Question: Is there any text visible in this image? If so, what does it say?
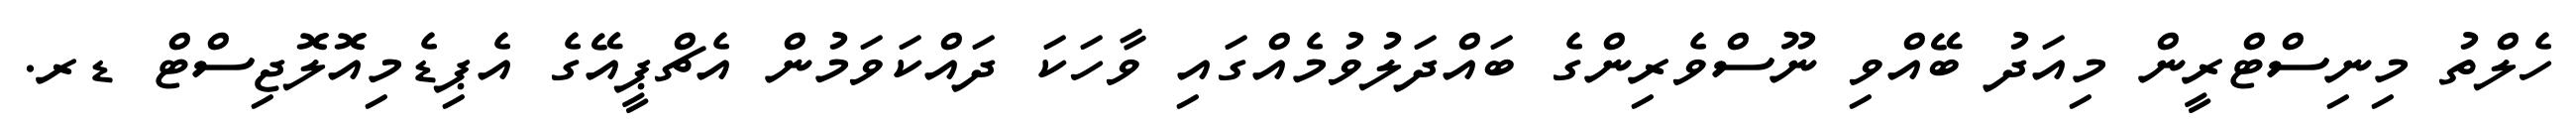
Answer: ހެލްތު މިނިސްޓްރީން މިއަދު ބޭއްވި ނޫސްވެރިންގެ ބައްދަލުވުމެއްގައި ވާހަކަ ދައްކަވަމުން އެޗްޕީއޭގެ އެޕިޑެމިއޮލޮޖިސްޓް ޑރ.